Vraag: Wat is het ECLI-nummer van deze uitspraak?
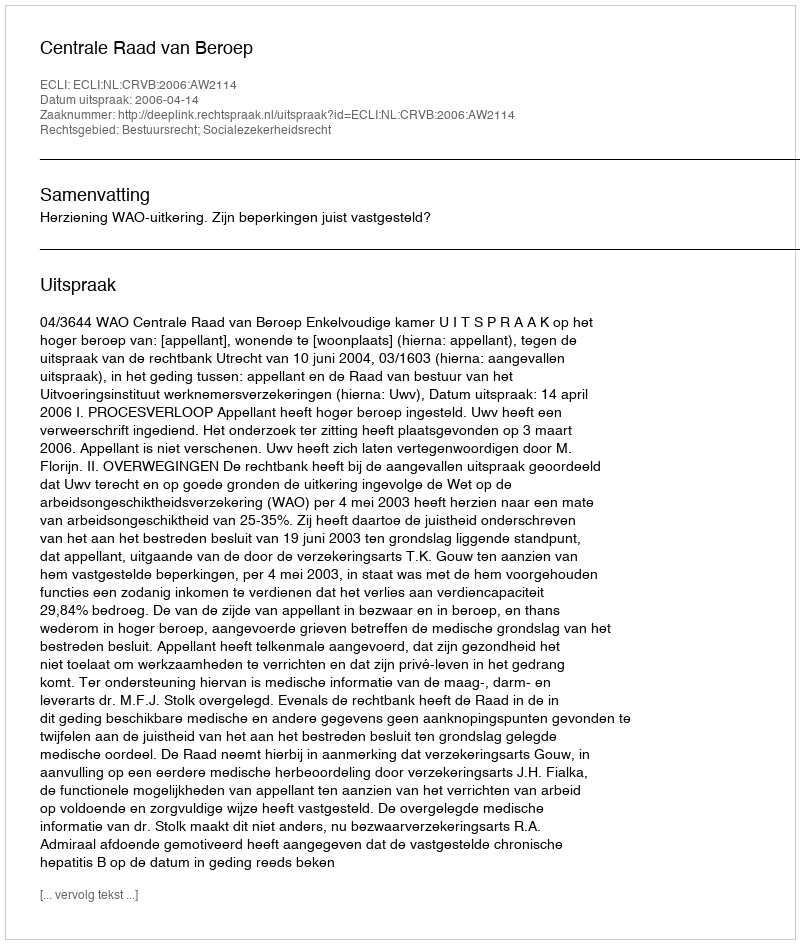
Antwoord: ECLI:NL:CRVB:2006:AW2114